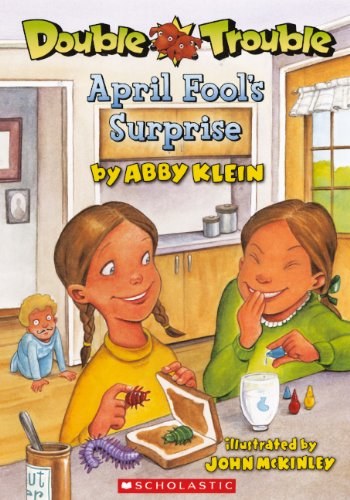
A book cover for April Fool's Surprise (Turtleback School & Library Binding Edition) (Double Trouble (Scholastic)); Abby Klein; Children's Books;